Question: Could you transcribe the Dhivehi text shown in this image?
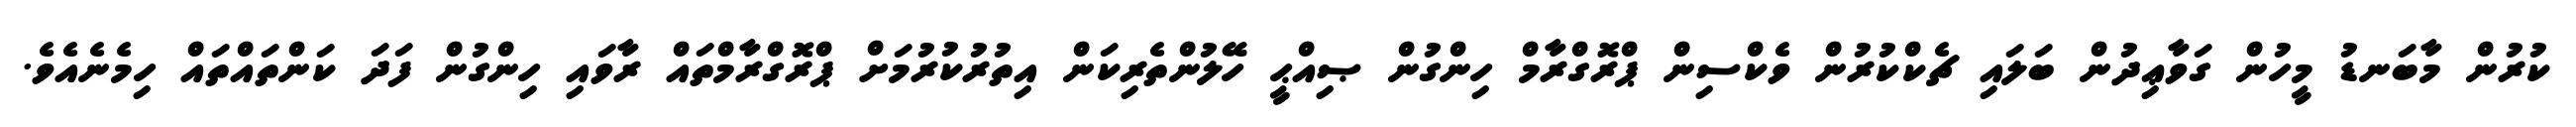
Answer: ކުރުން މާބަނޑު މީހުން ގަވާޢިދުން ބަލައި ޗެކްކުރުން ވެކްސިން ޕްރޮގްރާމް ހިންގުން ޞިއްޙީ ހޭލުންތެރިކަން އިތުރުކުރުމަށް ޕްރޮގްރާމްތައް ރާވައި ހިންގުން ފަދަ ކަންތައްތައް ހިމެނެއެވެ.